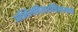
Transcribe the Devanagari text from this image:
अभिलषितार्थचिंतामणी